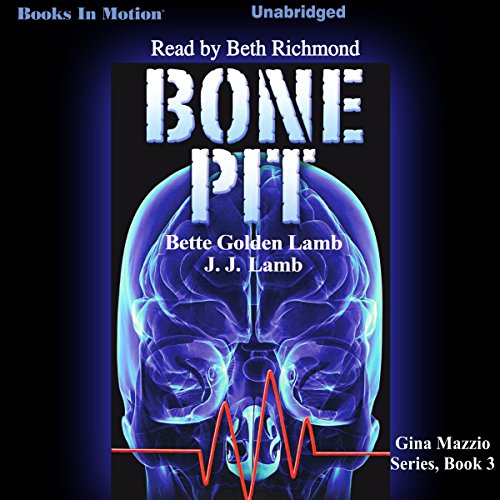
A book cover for Bone Pit: Gina Mazzio, Book 3; Bette Lamb; Mystery, Thriller & Suspense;